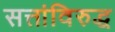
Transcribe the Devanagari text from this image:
सत्तांविरुद्ध